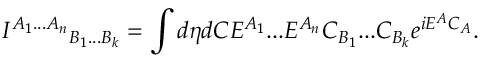
{ I ^ { A _ { 1 } . . . A _ { n } } } _ { B _ { 1 } . . . B _ { k } } = \int d \eta d C E ^ { A _ { 1 } } . . . E ^ { A _ { n } } C _ { B _ { 1 } } . . . C _ { B _ { k } } e ^ { i E ^ { A } C _ { A } } .